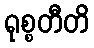
ရုစ္စတီတိ